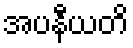
အပနီယတိ